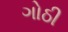
ગોઠી